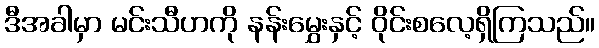
ဒီအခါမှာ မင်းသီဟကို နန်းမွှေးနှင့် ဝိုင်းစလေ့ရှိကြသည်။